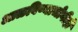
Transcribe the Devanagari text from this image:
आळविण्याजोगीही